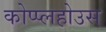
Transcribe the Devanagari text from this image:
कोप्प्लहोउस